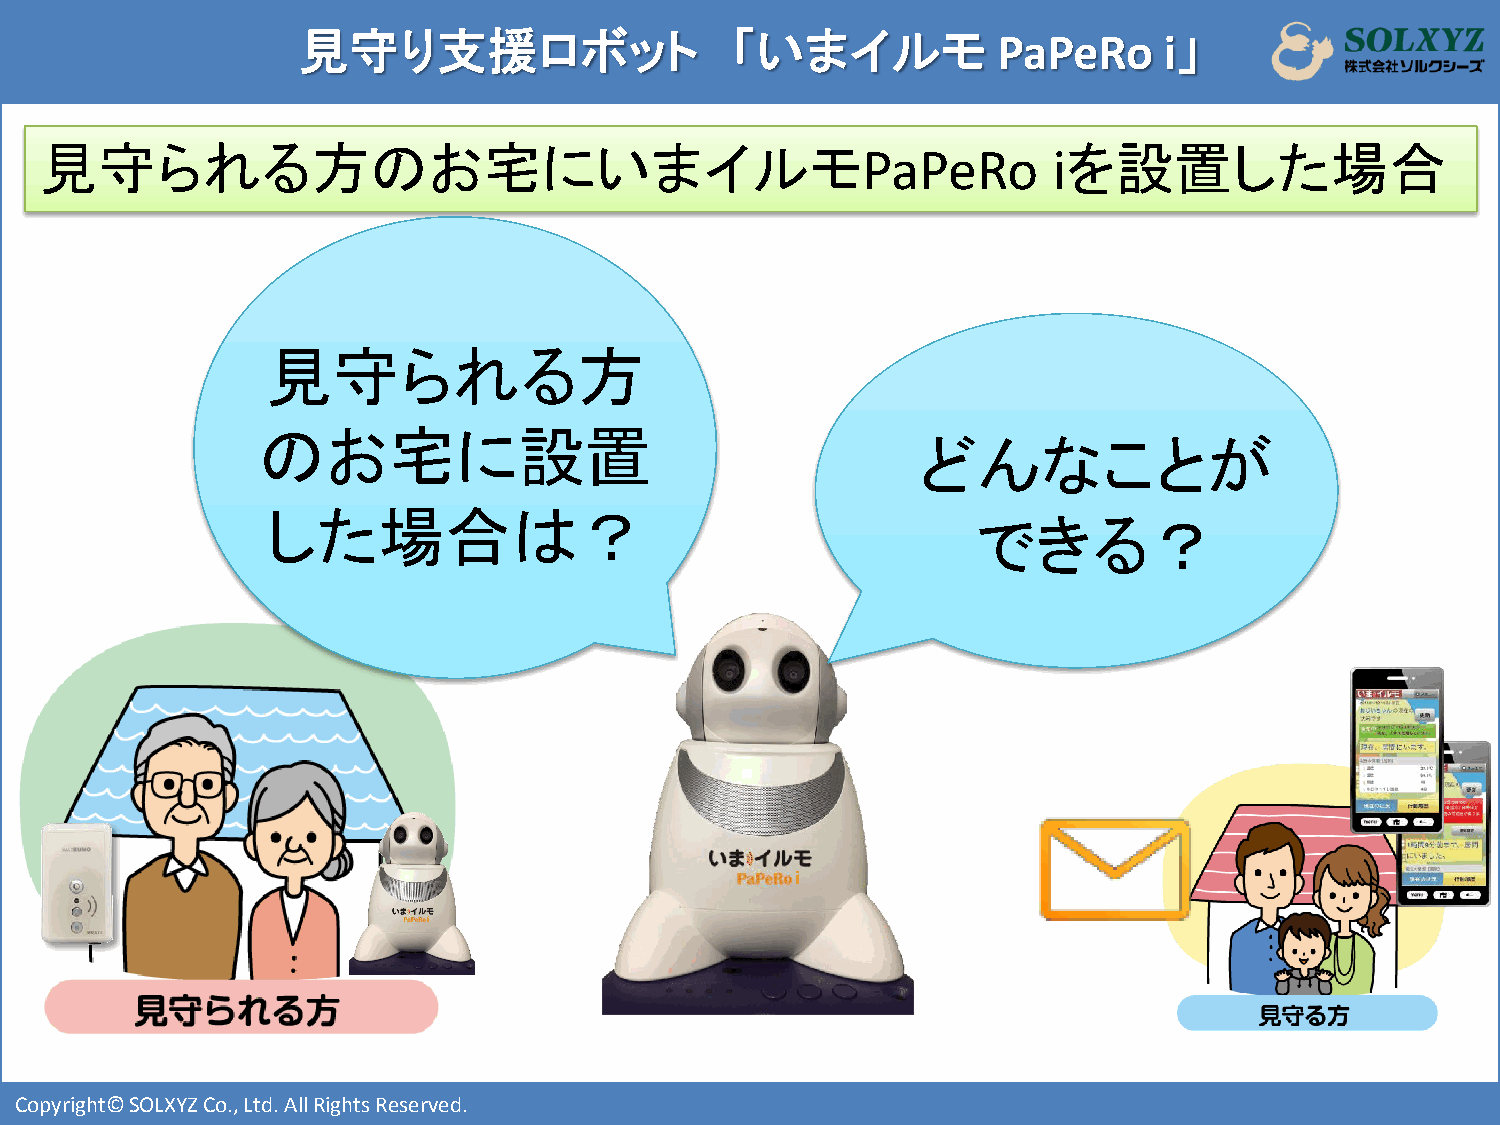
見守り支援ロボット                   「いまイルモ            PaPeRo     i」
 見守られる方のお宅にいまイルモ                                                     を設置した場合
 PaPeRo       i
 見守られる方
 のお宅に設置
 どんなことが
 した場合は？
 できる？
 i
 i
 Copyright© SOLXYZ Co., Ltd. All Rights Reserved.